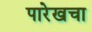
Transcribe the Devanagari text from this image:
पारेखचा